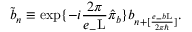
\tilde { b } _ { n } \equiv \exp \{ - i \frac { 2 \pi } { e _ { - } \mathrm { L } } \hat { \pi } _ { b } \} b _ { n + [ \frac { e _ { - } b \mathrm { L } } { 2 { \pi } { \hbar } } ] } .